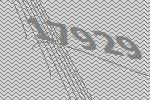
17929